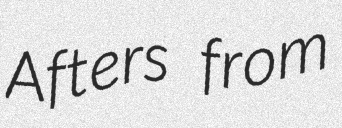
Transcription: Afters from